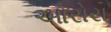
ઓરોરા